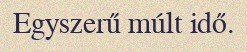
Egyszerű múlt idő.